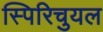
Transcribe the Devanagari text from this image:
स्पिरिचुयल